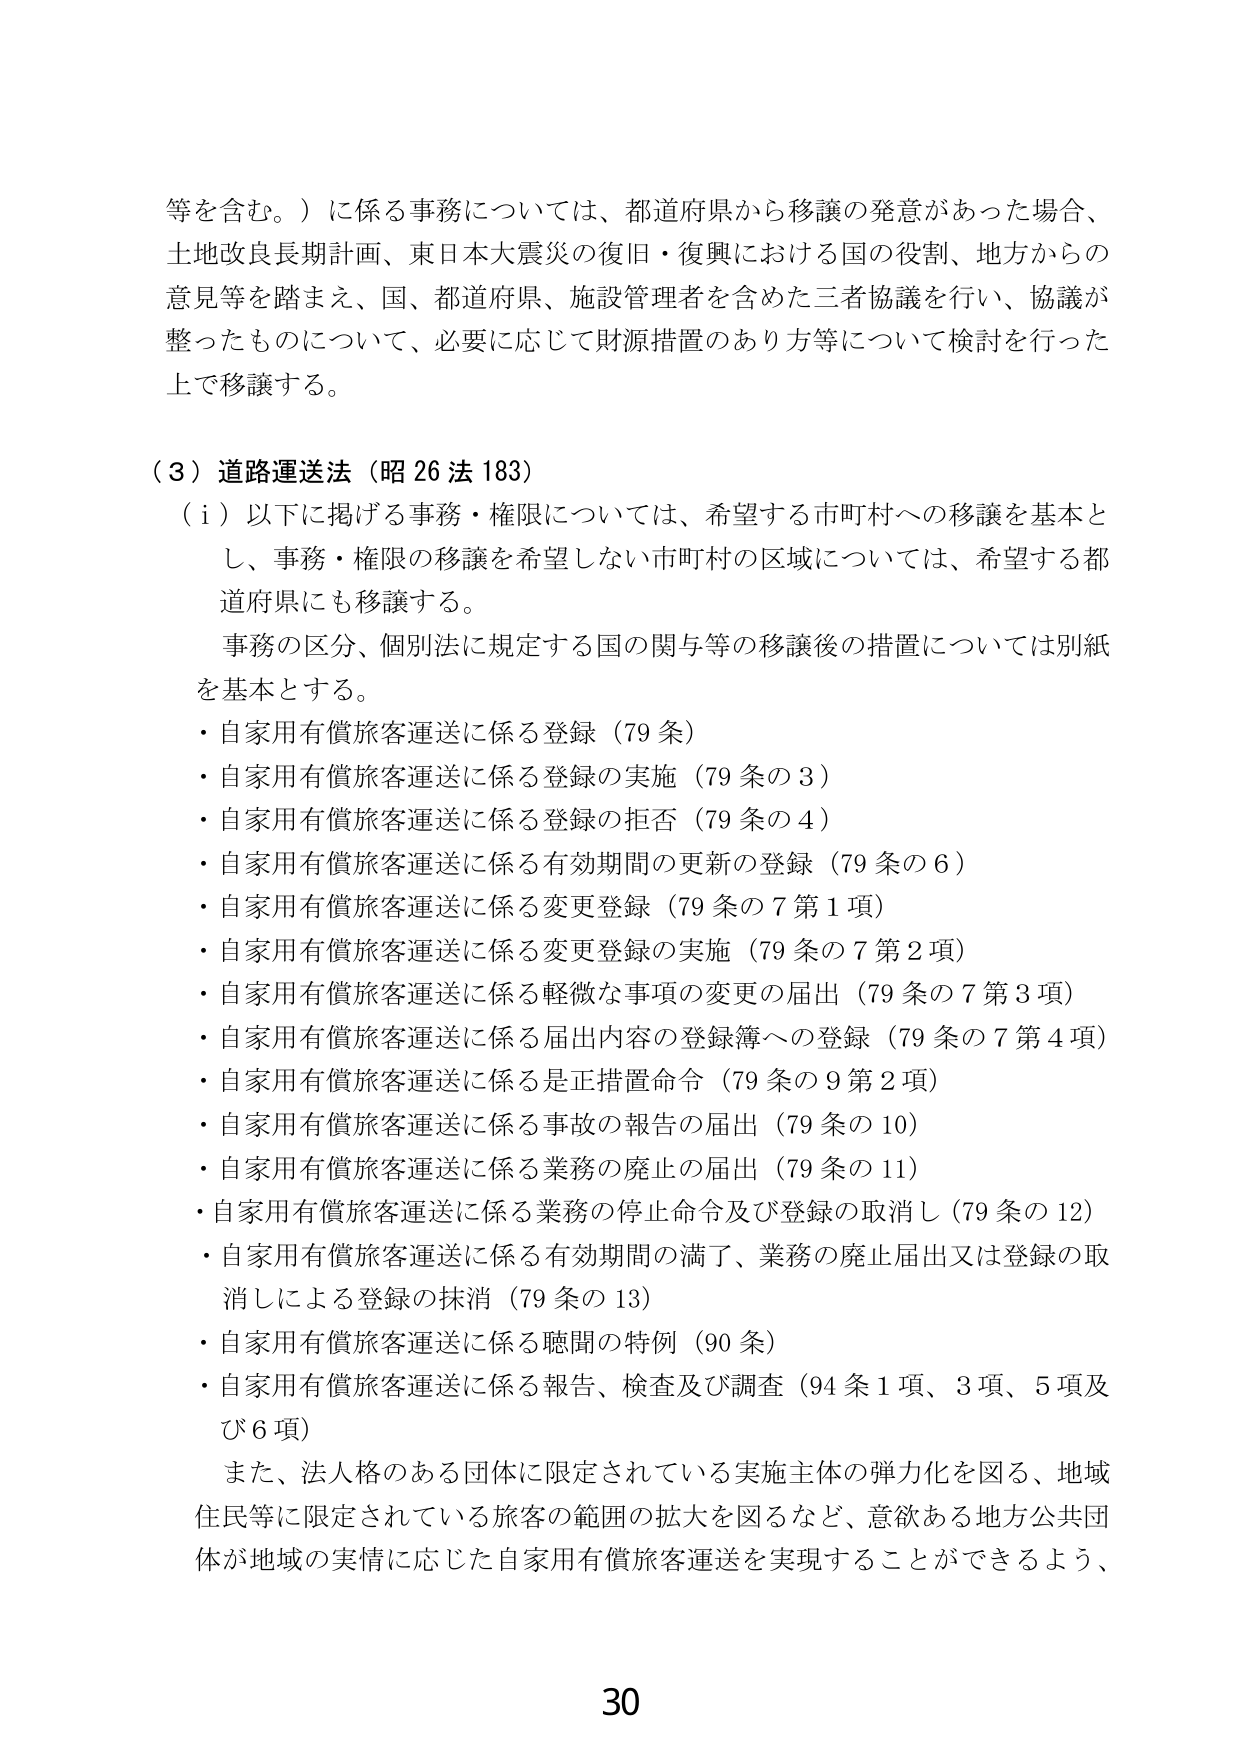
等を含む。）に係る事務については、都道府県から移譲の発意があった場合、
土地改良長期計画、東日本大震災の復旧・復興における国の役割、地方からの
意見等を踏まえ、国、都道府県、施設管理者を含めた三者協議を行い、協議が
整ったものについて、必要に応じて財源措置のあり方等について検討を行った
上で移譲する。

（３）道路運送法（昭26法183）
（ｉ）以下に掲げる事務・権限については、希望する市町村への移譲を基本と
し、事務・権限の移譲を希望しない市町村の区域については、希望する都
道府県にも移譲する。
事務の区分、個別法に規定する国の関与等の移譲後の措置については別紙
を基本とする。
・自家用有償旅客運送に係る登録（79条）
・自家用有償旅客運送に係る登録の実施（79条の3）
・自家用有償旅客運送に係る登録の拒否（79条の4）
・自家用有償旅客運送に係る有効期間の更新の登録（79条の6）
・自家用有償旅客運送に係る変更登録（79条の7第1項）
・自家用有償旅客運送に係る変更登録の実施（79条の7第2項）
・自家用有償旅客運送に係る軽微な事項の変更の届出（79条の7第3項）
・自家用有償旅客運送に係る届出内容の登録簿への登録（79条の7第4項）
・自家用有償旅客運送に係る是正措置命令（79条の9第2項）
・自家用有償旅客運送に係る事故の報告の届出（79条の10）
・自家用有償旅客運送に係る業務の廃止の届出（79条の11）
・自家用有償旅客運送に係る業務の停止命令及び登録の取消し（79条の12）
・自家用有償旅客運送に係る有効期間の満了、業務の廃止届出又は登録の取
消しによる登録の抹消（79条の13）
・自家用有償旅客運送に係る聴聞の特例（90条）
・自家用有償旅客運送に係る報告、検査及び調査（94条1項、3項、5項及
び6項）
また、法人格のある団体に限定されている実施主体の弾力化を図る、地域
住民等に限定されている旅客の範囲の拡大を図るなど、意欲ある地方公共団
体が地域の実情に応じた自家用有償旅客運送を実現することができるよう、

30